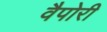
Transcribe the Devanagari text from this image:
वैपोरी